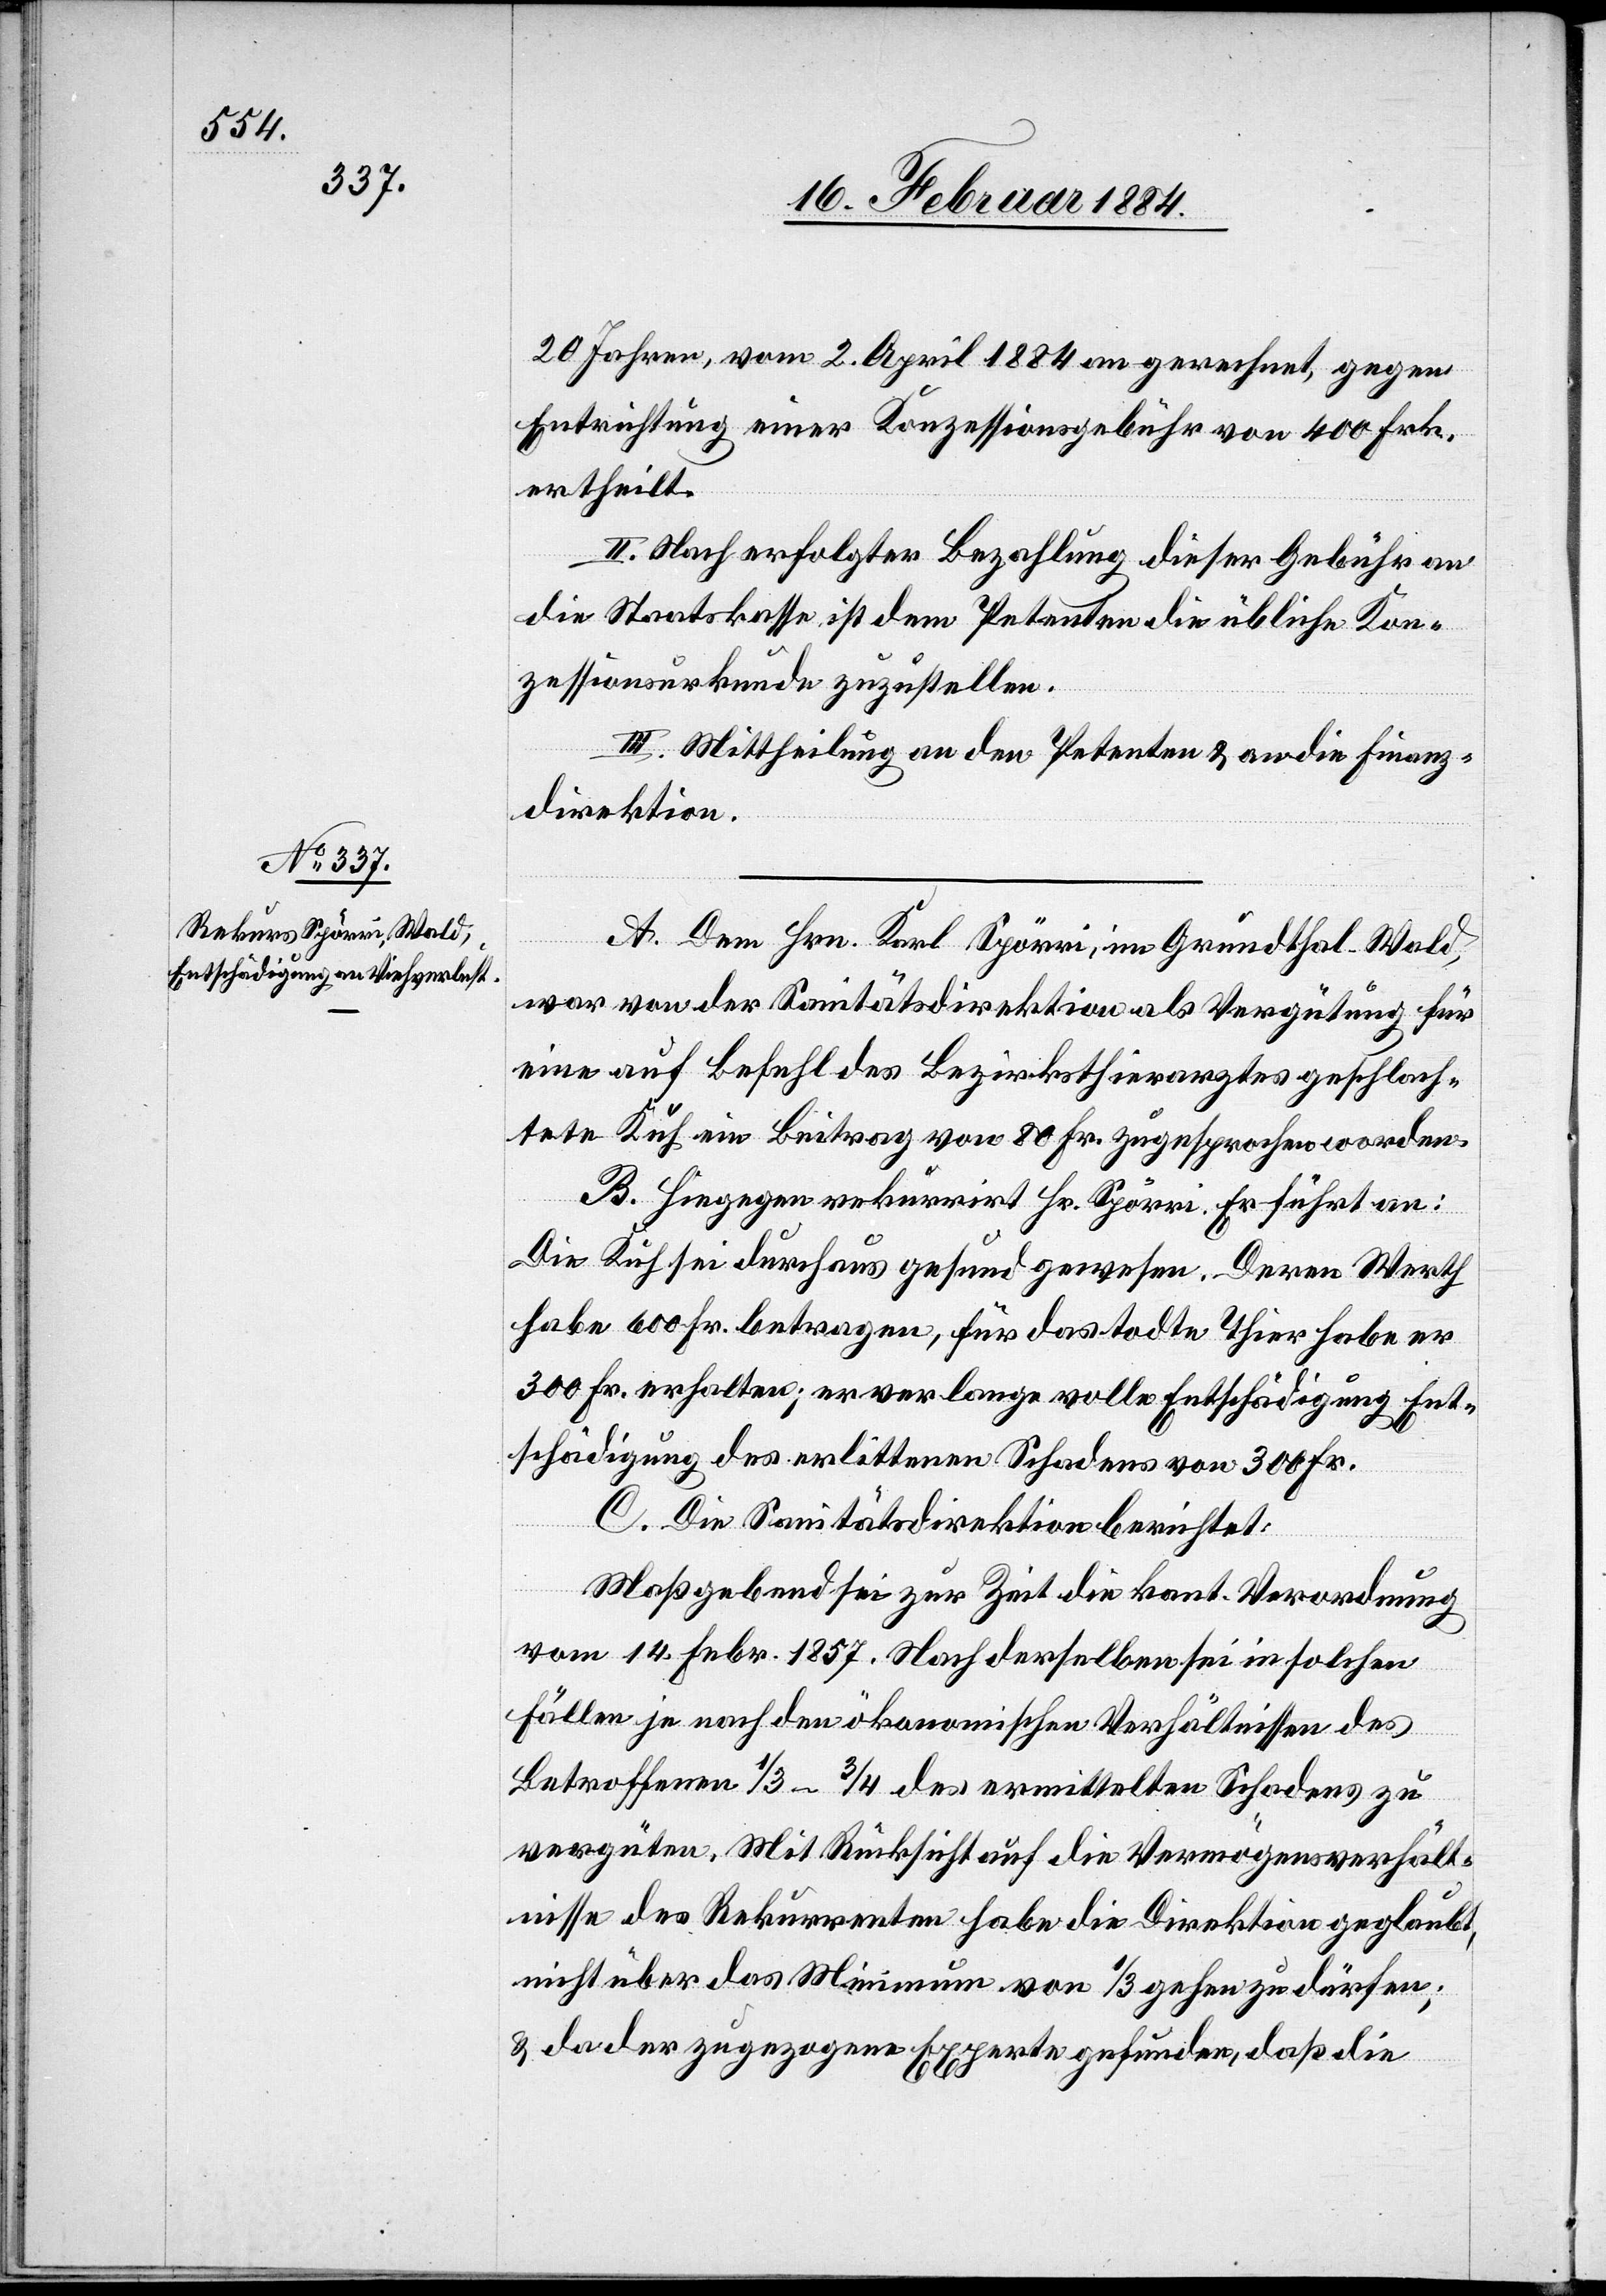
20 Jahren, vom 2. April 1884 an gerechnet, gegen
Entrichtung einer Konzessionsgebühr von 400 Frk.
ertheilt.
II. Nach erfolgter Bezahlung dieser Gebühr an
die Staatskasse ist dem Petenten die übliche Kon¬
zessionsurkunde zuzustellen.
III. Mittheilung an den Petenten & an die Finanz¬
direktion.
A. Dem Hrn. Karl Spörri, im Grundthal - Wald,
war von der Sanitätsdirektion als Vergütung für
eine auf Befehl des Bezirksthierarztes geschlach¬
tete Kuh ein Beitrag von 80 Fr. zugesprochen worden.
B. Hiegegen rekurrirt Hr. Spörri. Er führt an:
Die Kuh sei durchaus gesund gewesen. Deren Werth
habe 600 Fr. betragen, für das todte Thier habe er
300 Fr. erhalten; er verlange volle Entschädigung Ent¬
schädigung [sic!] des erlittenen Schadens von 300 Fr.
C. Die Sanitätsdirektion berichtet:
Maßgebend sei zur Zeit die kant. Verordnung
vom 14. Febr. 1857. Nach derselben sei in solchen
Fällen je nach dem ökonomischen Verhältnisse des
Betroffenen 1/3–3/4 des ermittelten Schadens zu
vergüten. Mit Rücksicht auf die Vermögensverhält¬
nisse des Rekurrenten habe die Direktion geglaubt,
nicht über das Minimum von 1/3 gehen zu dürfen;
& da der zugezogene Experte gefunden, daß die